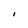
Character: I